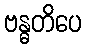
ဗန္ဓတိပေ